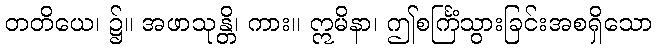
တတိယေ၊ ၌။ အဖာသုန္တိ၊ ကား။ ဣမိနာ၊ ဤစင်္ကြံသွားခြင်းအစရှိသော